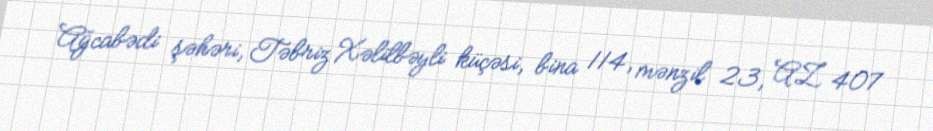
Ağcabədi şəhəri, Təbriz Xəlilbəyli küçəsi, bina 114, mənzil 23, AZ 407